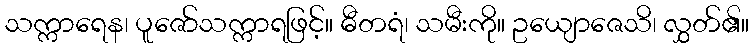
သက္ကာရေန၊ ပူဇော်သက္ကာရဖြင့်။ ဓီတရံ၊ သမီးကို။ ဥယျောဇေသိ၊ လွှတ်၏။